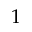
1